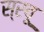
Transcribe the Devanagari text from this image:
स्रवू